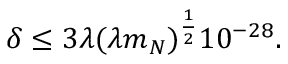
\delta \leq 3 \lambda ( \lambda m _ { N } ) ^ { \frac { 1 } { 2 } } 1 0 ^ { - 2 8 } .